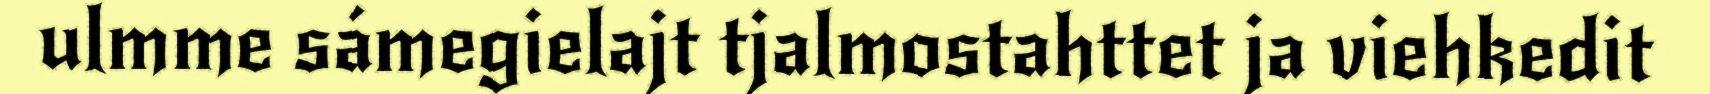
ulmme sámegielajt tjalmostahttet ja viehkedit